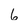
Character: 6